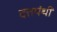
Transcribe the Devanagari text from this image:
दत्तपंथी